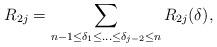
LaTeX: \begin{align*}R_{2j} = \sum_{n-1\le \delta_1 \le \ldots \le \delta_{j-2} \le n} R_{2j}(\delta),\end{align*}